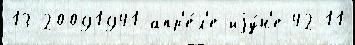
13-20091941 апр'е́л'е-иjу́н'е 42 11